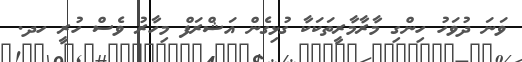
ވަނަ ދުވަހު ހިންގި މާރާމާރީތަކަކާ ގުޅިގެން އަޝްރަފް މިހާރު ވެސް ހުރީ ހދ.